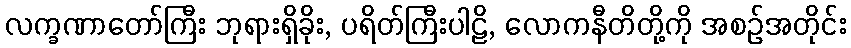
လက္ခဏာတော်ကြီး ဘုရားရှိခိုး, ပရိတ်ကြီးပါဠိ, လောကနီတိတို့ကို အစဉ်အတိုင်း